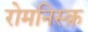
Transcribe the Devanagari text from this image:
रोमनिस्क़